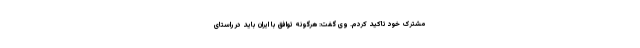
مشترک خود تاکید کردم. وی گفت: هرگونه توافق با ایران باید در راستای